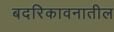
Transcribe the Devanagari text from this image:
बदरिकावनातील